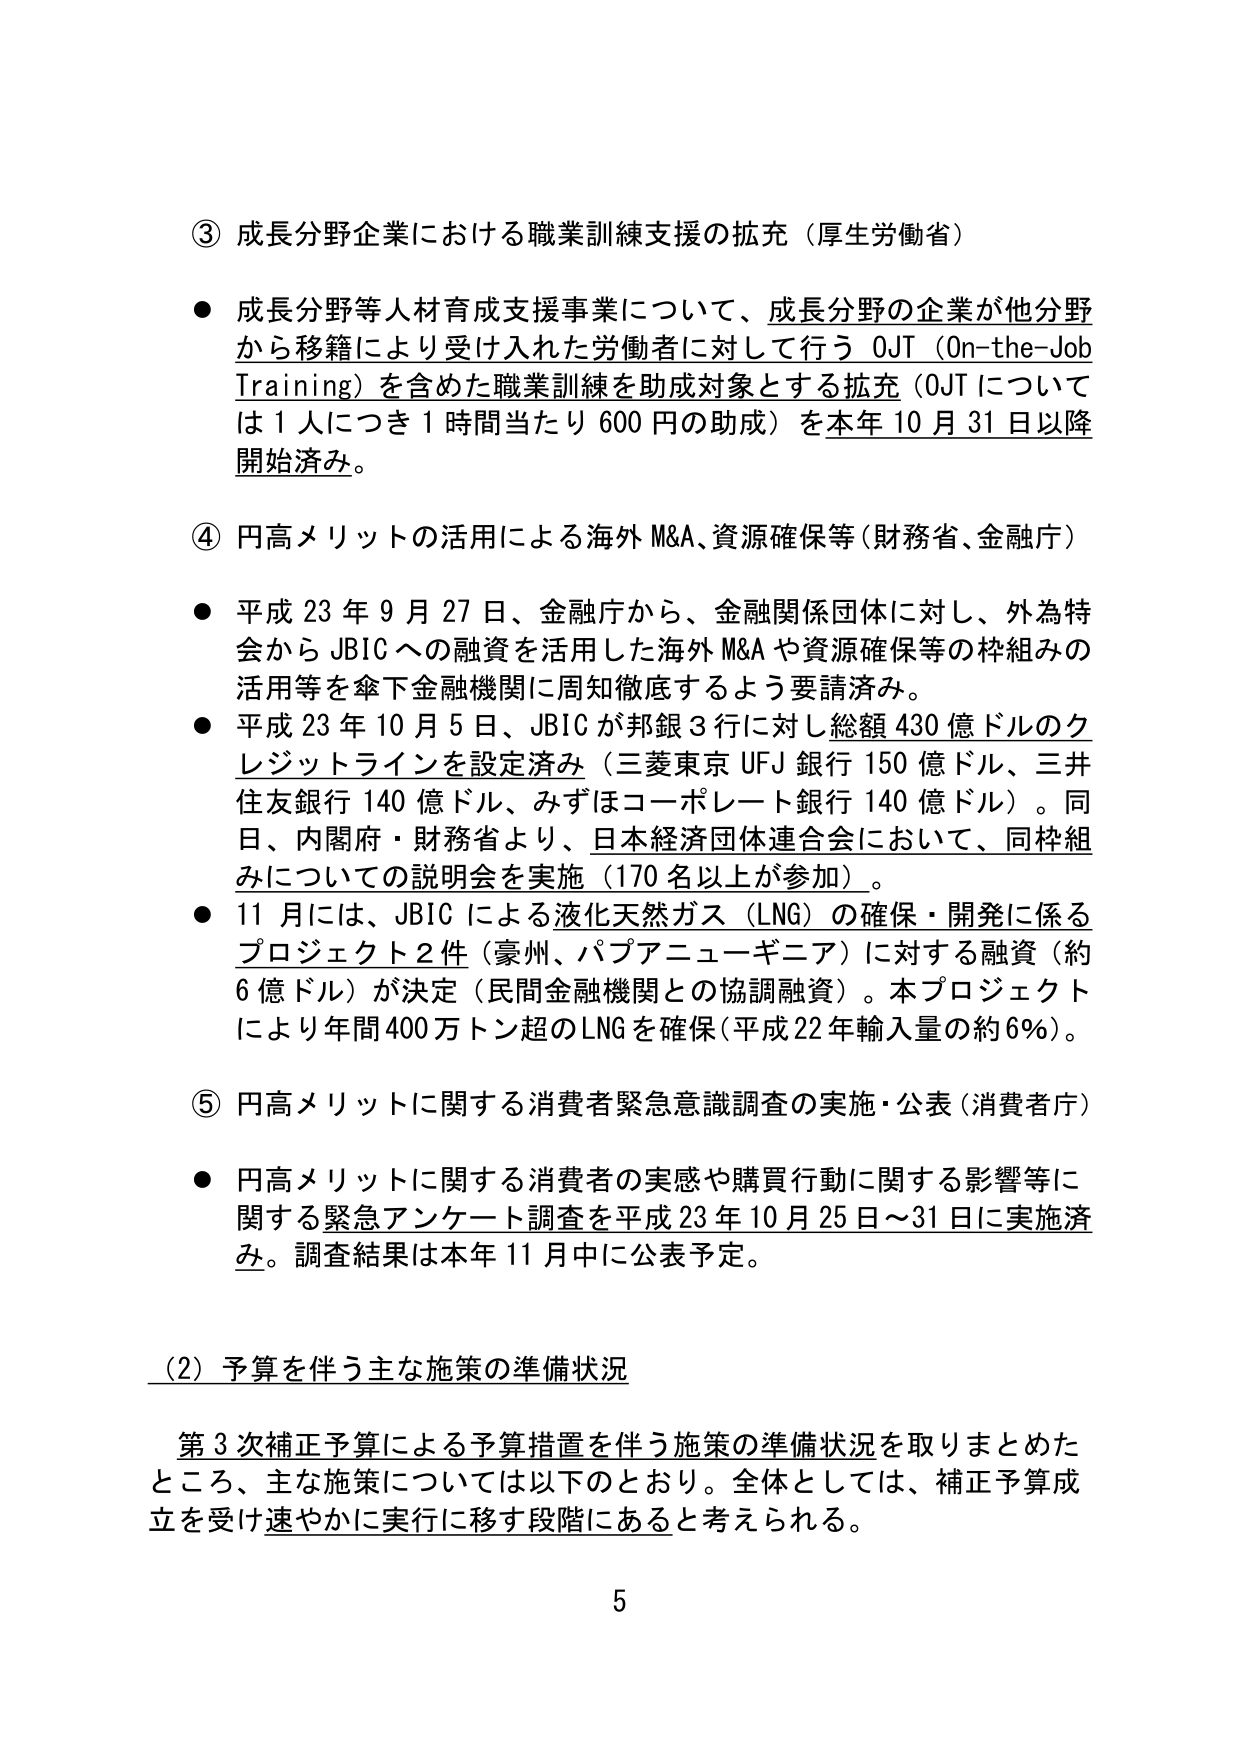
③ 成長分野企業における職業訓練支援の拡充（厚生労働省）

● 成長分野等人材育成支援事業について、成長分野の企業が他分野から移籍により受け入れた労働者に対して行う OJT（On-the-Job Training）を含めた職業訓練を助成対象とする拡充（OJTについては1人につき1時間当たり600円の助成）を本年10月31日以降開始済み。

④ 円高メリットの活用による海外M&A、資源確保等（財務省、金融庁）

● 平成23年9月27日、金融庁から、金融関係団体に対し、外為特会からJBICへの融資を活用した海外M&Aや資源確保等の枠組みの活用等を傘下金融機関に周知徹底するよう要請済み。

● 平成23年10月5日、JBICが邦銀3行に対し総額430億ドルのクレジットラインを設定済み（三菱東京UFJ銀行150億ドル、三井住友銀行140億ドル、みずほコーポレート銀行140億ドル）。同日、内閣府・財務省より、日本経済団体連合会において、同枠組みについての説明会を実施（170名以上が参加）。

● 11月には、JBICによる液化天然ガス（LNG）の確保・開発に係るプロジェクト2件（豪州、パプアニューギニア）に対する融資（約6億ドル）が決定（民間金融機関との協調融資）。本プロジェクトにより年間400万トン超のLNGを確保（平成22年輸入量の約6%）。

⑤ 円高メリットに関する消費者緊急意識調査の実施・公表（消費者庁）

● 円高メリットに関する消費者の実感や購買行動に関する影響等に関する緊急アンケート調査を平成23年10月25日～31日に実施済み。調査結果は本年11月中に公表予定。

（2）予算を伴う主な施策の準備状況

第3次補正予算による予算措置を伴う施策の準備状況を取りまとめたところ、主な施策については以下のとおり。全体としては、補正予算成立を受け速やかに実行に移す段階にあると考えられる。

5